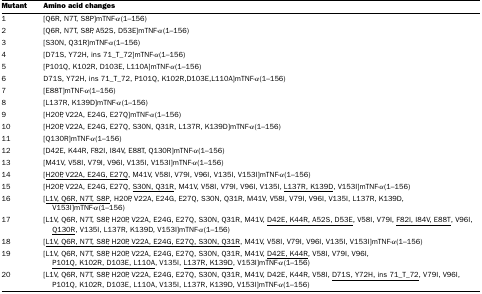
<table><thead><tr><td><b>Mutant</b></td><td><b>Amino acid changes</b></td></tr></thead><tbody><tr><td>1</td><td>[Q6R, N7T, S8P]mTNF-α(1–156)</td></tr><tr><td>2</td><td>[Q6R, N7T, S8P, A52S, D53E]mTNF-α(1–156)</td></tr><tr><td>3</td><td>[S30N, Q31R]mTNF-α(1–156)</td></tr><tr><td>4</td><td>[D71S, Y72H, ins 71_T_72]mTNF-α(1–156)</td></tr><tr><td>5</td><td>[P101Q, K102R, D103E, L110A]mTNF-α(1–156)</td></tr><tr><td>6</td><td>D71S, Y72H, ins 71_T_72, P101Q, K102R,D103E,L110A]mTNF-α(1–156)</td></tr><tr><td>7</td><td>[E88T]mTNF-α(1–156)</td></tr><tr><td>8</td><td>[L137R, K139D]mTNF-α(1–156)</td></tr><tr><td>9</td><td>[H20P, V22A, E24G, E27Q]mTNF-α(1–156)</td></tr><tr><td>10</td><td>[H20P, V22A, E24G, E27Q, S30N, Q31R, L137R, K139D]mTNF-α(1–156)</td></tr><tr><td>11</td><td>[Q130R]mTNF-α(1–156)</td></tr><tr><td>12</td><td>[D42E, K44R, F82I, I84V, E88T, Q130R]mTNF-α(1–156)</td></tr><tr><td>13</td><td>[M41V, V58I, V79I, V96I, V135I, V153I]mTNF-α(1–156)</td></tr><tr><td>14</td><td>[<underline>H20P, V22A, E24G, E27Q</underline>, M41V, V58I, V79I, V96I, V135I, V153I]mTNF-α(1–156)</td></tr><tr><td>15</td><td>[H20P, V22A, E24G, E27Q, <underline>S30N, Q31R</underline>, M41V, V58I, V79I, V96I, V135I, <underline>L137R, K139D</underline>, V153I]mTNF-α(1–156)</td></tr><tr><td>16</td><td>[<underline>L1V, Q6R, N7T, S8P</underline>, H20P, V22A, E24G, E27Q, S30N, Q31R, M41V, V58I, V79I, V96I, V135I, L137R, K139D, V153I]mTNF-α(1–156)</td></tr><tr><td>17</td><td>[L1V, Q6R, N7T, S8P, H20P, V22A, E24G, E27Q, S30N, Q31R, M41V, <underline>D42E, K44R, A52S, D53E</underline>, V58I, V79I, <underline>F82I, I84V, E88T</underline>, V96I, <underline>Q130R</underline>, V135I, L137R, K139D, V153I]mTNF-α(1–156)</td></tr><tr><td>18</td><td>[<underline>L1V, Q6R, N7T, S8P, H20P, V22A, E24G, E27Q, S30N, Q31R</underline>, M41V, V58I, V79I, V96I, V135I, V153I]mTNF-α(1–156)</td></tr><tr><td>19</td><td>[L1V, Q6R, N7T, S8P, H20P, V22A, E24G, E27Q, S30N, Q31R, M41V, <underline>D42E, K44R</underline>, V58I, V79I, V96I, <underline>P101Q, K102R, D103E, L110A</underline>, V135I, <underline>L137R, K139D</underline>, V153I]mTNF-α(1–156)</td></tr><tr><td>20</td><td>[L1V, Q6R, N7T, S8P, H20P, V22A, E24G, E27Q, S30N, Q31R, M41V, D42E, K44R, V58I, <underline>D71S, Y72H, ins 71_T_72</underline>, V79I, V96I, P101Q, K102R, D103E, L110A, V135I, L137R, K139D, V153I]mTNF-α(1–156)</td></tr></tbody></table>